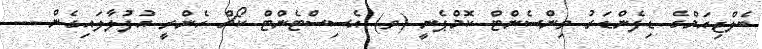
ބެލްޖިއަމްގެ ޑިފެންޑަރު ވިންސެންޓް ކޮމްޕެނީ (ވ) އެސިސްޓެންޓް ކޯޗް ހެންރީ އުފުލާލައިގެން ---